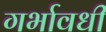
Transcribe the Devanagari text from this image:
गर्भावधी